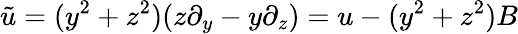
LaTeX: \tilde{u}=(y^{2}+z^{2})(z\partial_{y}-y\partial_{z})=u-(y^{2}+z^{2})B